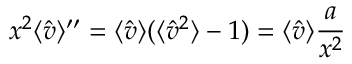
x ^ { 2 } \langle { \hat { v } } \rangle ^ { \prime \prime } = \langle { \hat { v } } \rangle ( \langle { \hat { v } } ^ { 2 } \rangle - 1 ) = \langle { \hat { v } } \rangle { \frac { a } { x ^ { 2 } } }